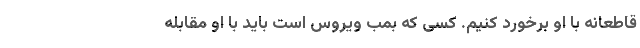
قاطعانه با او برخورد کنیم. کسی که بمب ویروس است باید با او مقابله